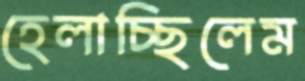
হেলাচ্ছিলেম